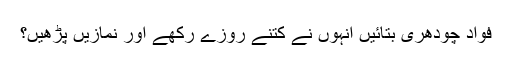
فواد چودھری بتائیں انہوں نے کتنے روزے رکھے اور نمازیں پڑھیں؟